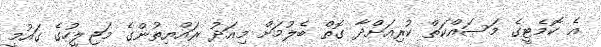
އެ ކޮމެޓީގެ މަސައްކަތް ކުރިއަށްދާ ގޮތް ބެލުމަށް މިއަދު ރައްޔިތުންގެ މަޖިލީހުގެ ގައުމީ